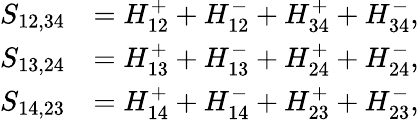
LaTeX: \begin{array}{rl}{S_{12,34}}&{=H_{12}^{+}+H_{12}^{-}+H_{34}^{+}+H_{34}^{-},}\\ {S_{13,24}}&{=H_{13}^{+}+H_{13}^{-}+H_{24}^{+}+H_{24}^{-},}\\ {S_{14,23}}&{=H_{14}^{+}+H_{14}^{-}+H_{23}^{+}+H_{23}^{-},}\end{array}